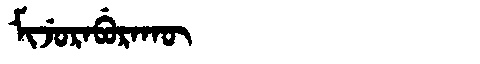
Manchu: ᠮᡳᠵᡠᡵᠠᠪᡠᡵᠠᡴᡡ
Romanization: MIJURABURAKŪ